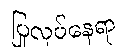
ပြုလုပ်နေရာ